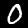
Label: 0